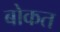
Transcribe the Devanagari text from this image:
बोकत